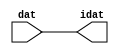

//------> /package/eda/mg/Catapult_10.3d/Mgc_home/pkgs/siflibs/ccs_in_v1.v 
//------------------------------------------------------------------------------
// Catapult Synthesis - Sample I/O Port Library
//
// Copyright (c) 2003-2017 Mentor Graphics Corp.
//       All Rights Reserved
//
// This document may be used and distributed without restriction provided that
// this copyright statement is not removed from the file and that any derivative
// work contains this copyright notice.
//
// The design information contained in this file is intended to be an example
// of the functionality which the end user may study in preparation for creating
// their own custom interfaces. This design does not necessarily present a 
// complete implementation of the named protocol or standard.
//
//------------------------------------------------------------------------------


module ccs_in_v1 (idat, dat);

  parameter integer rscid = 1;
  parameter integer width = 8;

  output [width-1:0] idat;
  input  [width-1:0] dat;

  wire   [width-1:0] idat;

  assign idat = dat;

endmodule


//------> /package/eda/mg/Catapult_10.3d/Mgc_home/pkgs/siflibs/ccs_out_v1.v 
//------------------------------------------------------------------------------
// Catapult Synthesis - Sample I/O Port Library
//
// Copyright (c) 2003-2015 Mentor Graphics Corp.
//       All Rights Reserved
//
// This document may be used and distributed without restriction provided that
// this copyright statement is not removed from the file and that any derivative
// work contains this copyright notice.
//
// The design information contained in this file is intended to be an example
// of the functionality which the end user may study in preparation for creating
// their own custom interfaces. This design does not necessarily present a 
// complete implementation of the named protocol or standard.
//
//------------------------------------------------------------------------------

module ccs_out_v1 (dat, idat);

  parameter integer rscid = 1;
  parameter integer width = 8;

  output   [width-1:0] dat;
  input    [width-1:0] idat;

  wire     [width-1:0] dat;

  assign dat = idat;

endmodule




//------> /package/eda/mg/Catapult_10.3d/Mgc_home/pkgs/siflibs/mgc_io_sync_v2.v 
//------------------------------------------------------------------------------
// Catapult Synthesis - Sample I/O Port Library
//
// Copyright (c) 2003-2017 Mentor Graphics Corp.
//       All Rights Reserved
//
// This document may be used and distributed without restriction provided that
// this copyright statement is not removed from the file and that any derivative
// work contains this copyright notice.
//
// The design information contained in this file is intended to be an example
// of the functionality which the end user may study in preparation for creating
// their own custom interfaces. This design does not necessarily present a 
// complete implementation of the named protocol or standard.
//
//------------------------------------------------------------------------------


module mgc_io_sync_v2 (ld, lz);
    parameter valid = 0;

    input  ld;
    output lz;

    wire   lz;

    assign lz = ld;

endmodule


//------> ./rtl.v 
// ----------------------------------------------------------------------
//  HLS HDL:        Verilog Netlister
//  HLS Version:    10.3d/815731 Production Release
//  HLS Date:       Wed Apr 24 14:54:19 PDT 2019
// 
//  Generated by:   695r48@cparch23.ecn.purdue.edu
//  Generated date: Tue Nov  9 15:58:31 2021
// ----------------------------------------------------------------------

// 
// ------------------------------------------------------------------
//  Design Unit:    fir_Altera_DIST_DIST_1R1W_RBW_rport_1_16_5_32_32_16_gen
// ------------------------------------------------------------------


module fir_Altera_DIST_DIST_1R1W_RBW_rport_1_16_5_32_32_16_gen (
  q, radr, radr_d, q_d, rport_r_ram_ir_internal_RMASK_B_d
);
  input [15:0] q;
  output [4:0] radr;
  input [4:0] radr_d;
  output [15:0] q_d;
  input rport_r_ram_ir_internal_RMASK_B_d;



  // Interconnect Declarations for Component Instantiations 
  assign q_d = q;
  assign radr = (radr_d);
endmodule

// ------------------------------------------------------------------
//  Design Unit:    fir_core_core_fsm
//  FSM Module
// ------------------------------------------------------------------


module fir_core_core_fsm (
  clk, rst, fsm_output
);
  input clk;
  input rst;
  output [32:0] fsm_output;
  reg [32:0] fsm_output;


  // FSM State Type Declaration for fir_core_core_fsm_1
  parameter
    core_rlp_C_0 = 6'd0,
    main_C_0 = 6'd1,
    main_C_1 = 6'd2,
    main_C_2 = 6'd3,
    main_C_3 = 6'd4,
    main_C_4 = 6'd5,
    main_C_5 = 6'd6,
    main_C_6 = 6'd7,
    main_C_7 = 6'd8,
    main_C_8 = 6'd9,
    main_C_9 = 6'd10,
    main_C_10 = 6'd11,
    main_C_11 = 6'd12,
    main_C_12 = 6'd13,
    main_C_13 = 6'd14,
    main_C_14 = 6'd15,
    main_C_15 = 6'd16,
    main_C_16 = 6'd17,
    main_C_17 = 6'd18,
    main_C_18 = 6'd19,
    main_C_19 = 6'd20,
    main_C_20 = 6'd21,
    main_C_21 = 6'd22,
    main_C_22 = 6'd23,
    main_C_23 = 6'd24,
    main_C_24 = 6'd25,
    main_C_25 = 6'd26,
    main_C_26 = 6'd27,
    main_C_27 = 6'd28,
    main_C_28 = 6'd29,
    main_C_29 = 6'd30,
    main_C_30 = 6'd31,
    main_C_31 = 6'd32;

  reg [5:0] state_var;
  reg [5:0] state_var_NS;


  // Interconnect Declarations for Component Instantiations 
  always @(*)
  begin : fir_core_core_fsm_1
    case (state_var)
      main_C_0 : begin
        fsm_output = 33'b000000000000000000000000000000010;
        state_var_NS = main_C_1;
      end
      main_C_1 : begin
        fsm_output = 33'b000000000000000000000000000000100;
        state_var_NS = main_C_2;
      end
      main_C_2 : begin
        fsm_output = 33'b000000000000000000000000000001000;
        state_var_NS = main_C_3;
      end
      main_C_3 : begin
        fsm_output = 33'b000000000000000000000000000010000;
        state_var_NS = main_C_4;
      end
      main_C_4 : begin
        fsm_output = 33'b000000000000000000000000000100000;
        state_var_NS = main_C_5;
      end
      main_C_5 : begin
        fsm_output = 33'b000000000000000000000000001000000;
        state_var_NS = main_C_6;
      end
      main_C_6 : begin
        fsm_output = 33'b000000000000000000000000010000000;
        state_var_NS = main_C_7;
      end
      main_C_7 : begin
        fsm_output = 33'b000000000000000000000000100000000;
        state_var_NS = main_C_8;
      end
      main_C_8 : begin
        fsm_output = 33'b000000000000000000000001000000000;
        state_var_NS = main_C_9;
      end
      main_C_9 : begin
        fsm_output = 33'b000000000000000000000010000000000;
        state_var_NS = main_C_10;
      end
      main_C_10 : begin
        fsm_output = 33'b000000000000000000000100000000000;
        state_var_NS = main_C_11;
      end
      main_C_11 : begin
        fsm_output = 33'b000000000000000000001000000000000;
        state_var_NS = main_C_12;
      end
      main_C_12 : begin
        fsm_output = 33'b000000000000000000010000000000000;
        state_var_NS = main_C_13;
      end
      main_C_13 : begin
        fsm_output = 33'b000000000000000000100000000000000;
        state_var_NS = main_C_14;
      end
      main_C_14 : begin
        fsm_output = 33'b000000000000000001000000000000000;
        state_var_NS = main_C_15;
      end
      main_C_15 : begin
        fsm_output = 33'b000000000000000010000000000000000;
        state_var_NS = main_C_16;
      end
      main_C_16 : begin
        fsm_output = 33'b000000000000000100000000000000000;
        state_var_NS = main_C_17;
      end
      main_C_17 : begin
        fsm_output = 33'b000000000000001000000000000000000;
        state_var_NS = main_C_18;
      end
      main_C_18 : begin
        fsm_output = 33'b000000000000010000000000000000000;
        state_var_NS = main_C_19;
      end
      main_C_19 : begin
        fsm_output = 33'b000000000000100000000000000000000;
        state_var_NS = main_C_20;
      end
      main_C_20 : begin
        fsm_output = 33'b000000000001000000000000000000000;
        state_var_NS = main_C_21;
      end
      main_C_21 : begin
        fsm_output = 33'b000000000010000000000000000000000;
        state_var_NS = main_C_22;
      end
      main_C_22 : begin
        fsm_output = 33'b000000000100000000000000000000000;
        state_var_NS = main_C_23;
      end
      main_C_23 : begin
        fsm_output = 33'b000000001000000000000000000000000;
        state_var_NS = main_C_24;
      end
      main_C_24 : begin
        fsm_output = 33'b000000010000000000000000000000000;
        state_var_NS = main_C_25;
      end
      main_C_25 : begin
        fsm_output = 33'b000000100000000000000000000000000;
        state_var_NS = main_C_26;
      end
      main_C_26 : begin
        fsm_output = 33'b000001000000000000000000000000000;
        state_var_NS = main_C_27;
      end
      main_C_27 : begin
        fsm_output = 33'b000010000000000000000000000000000;
        state_var_NS = main_C_28;
      end
      main_C_28 : begin
        fsm_output = 33'b000100000000000000000000000000000;
        state_var_NS = main_C_29;
      end
      main_C_29 : begin
        fsm_output = 33'b001000000000000000000000000000000;
        state_var_NS = main_C_30;
      end
      main_C_30 : begin
        fsm_output = 33'b010000000000000000000000000000000;
        state_var_NS = main_C_31;
      end
      main_C_31 : begin
        fsm_output = 33'b100000000000000000000000000000000;
        state_var_NS = main_C_0;
      end
      // core_rlp_C_0
      default : begin
        fsm_output = 33'b000000000000000000000000000000001;
        state_var_NS = main_C_0;
      end
    endcase
  end

  always @(posedge clk) begin
    if ( rst ) begin
      state_var <= core_rlp_C_0;
    end
    else begin
      state_var <= state_var_NS;
    end
  end

endmodule

// ------------------------------------------------------------------
//  Design Unit:    fir_core
// ------------------------------------------------------------------


module fir_core (
  clk, rst, coeffs_rsc_triosy_lz, in1_rsc_dat, in1_rsc_triosy_lz, out1_rsc_dat, out1_rsc_triosy_lz,
      coeffs_rsci_radr_d, coeffs_rsci_q_d, coeffs_rsci_rport_r_ram_ir_internal_RMASK_B_d
);
  input clk;
  input rst;
  output coeffs_rsc_triosy_lz;
  input [15:0] in1_rsc_dat;
  output in1_rsc_triosy_lz;
  output [15:0] out1_rsc_dat;
  output out1_rsc_triosy_lz;
  output [4:0] coeffs_rsci_radr_d;
  input [15:0] coeffs_rsci_q_d;
  output coeffs_rsci_rport_r_ram_ir_internal_RMASK_B_d;


  // Interconnect Declarations
  wire [15:0] in1_rsci_idat;
  reg [15:0] out1_rsci_idat;
  reg coeffs_rsc_triosy_obj_ld;
  reg in1_rsc_triosy_obj_ld;
  reg out1_rsc_triosy_obj_ld;
  wire [32:0] fsm_output;
  wire or_dcpl_53;
  wire or_dcpl_61;
  wire or_dcpl_64;
  reg main_stage_0_2;
  wire and_15_cse;
  reg [15:0] reg_MAC_asn_89_cse;
  reg [15:0] reg_MAC_asn_88_cse;
  reg [15:0] reg_MAC_asn_87_cse;
  reg [15:0] reg_MAC_asn_86_cse;
  reg [15:0] reg_MAC_asn_85_cse;
  reg [15:0] reg_MAC_asn_84_cse;
  reg [15:0] reg_MAC_asn_83_cse;
  reg [15:0] reg_MAC_asn_82_cse;
  reg [15:0] reg_MAC_asn_81_cse;
  reg [15:0] reg_MAC_asn_80_cse;
  reg [15:0] reg_MAC_asn_79_cse;
  reg [15:0] reg_MAC_asn_78_cse;
  reg [15:0] reg_MAC_asn_77_cse;
  reg [15:0] reg_MAC_asn_76_cse;
  reg [15:0] reg_MAC_asn_75_cse;
  reg [15:0] reg_MAC_asn_74_cse;
  reg [15:0] reg_MAC_asn_73_cse;
  reg [15:0] reg_MAC_asn_72_cse;
  reg [15:0] reg_MAC_asn_71_cse;
  reg [15:0] reg_MAC_asn_70_cse;
  reg [15:0] reg_MAC_asn_69_cse;
  reg [15:0] reg_MAC_asn_68_cse;
  reg [15:0] reg_MAC_asn_67_cse;
  reg [15:0] reg_MAC_asn_66_cse;
  reg [15:0] reg_MAC_asn_65_cse;
  reg [15:0] reg_MAC_asn_64_cse;
  reg [15:0] reg_MAC_asn_63_cse;
  reg [15:0] reg_MAC_asn_62_cse;
  wire or_tmp_152;
  wire [29:0] z_out;
  wire [30:0] nl_z_out;
  reg [15:0] regs_2_sva;
  reg [15:0] asn_ncse_sva;
  reg [29:0] MAC_10_mul_itm;
  reg [29:0] MAC_11_mul_itm;
  reg [29:0] MAC_acc_10_itm;
  reg [29:0] MAC_acc_22_itm;
  reg [15:0] MAC_asn_90_itm;
  reg [29:0] MAC_acc_itm;
  reg [15:0] asn_ncse_sva_1;
  reg [29:0] MAC_acc_28_itm_1;
  wire [29:0] MAC_acc_17_mx0w1;
  wire [30:0] nl_MAC_acc_17_mx0w1;
  wire [29:0] MAC_acc_29_itm_mx0w2;
  wire [30:0] nl_MAC_acc_29_itm_mx0w2;
  wire [29:0] MAC_2_mul_itm_1_mx0w16;
  wire signed [31:0] nl_MAC_2_mul_itm_1_mx0w16;

  wire[29:0] MAC_32_acc_1_nl;
  wire[30:0] nl_MAC_32_acc_1_nl;
  wire[29:0] MAC_32_mul_nl;
  wire signed [31:0] nl_MAC_32_mul_nl;
  wire[29:0] MAC_30_mul_nl;
  wire signed [31:0] nl_MAC_30_mul_nl;
  wire[29:0] MAC_28_mul_nl;
  wire signed [31:0] nl_MAC_28_mul_nl;
  wire[29:0] MAC_26_mul_nl;
  wire signed [31:0] nl_MAC_26_mul_nl;
  wire[29:0] MAC_24_mul_nl;
  wire signed [31:0] nl_MAC_24_mul_nl;
  wire[29:0] MAC_22_mul_nl;
  wire signed [31:0] nl_MAC_22_mul_nl;
  wire[29:0] MAC_20_mul_nl;
  wire signed [31:0] nl_MAC_20_mul_nl;
  wire[29:0] MAC_18_mul_nl;
  wire signed [31:0] nl_MAC_18_mul_nl;
  wire[29:0] MAC_16_mul_nl;
  wire signed [31:0] nl_MAC_16_mul_nl;
  wire[29:0] MAC_14_mul_nl;
  wire signed [31:0] nl_MAC_14_mul_nl;
  wire[29:0] MAC_12_mul_nl;
  wire signed [31:0] nl_MAC_12_mul_nl;
  wire[29:0] MAC_10_mul_nl;
  wire signed [31:0] nl_MAC_10_mul_nl;
  wire[29:0] MAC_8_mul_nl;
  wire signed [31:0] nl_MAC_8_mul_nl;
  wire[29:0] MAC_6_mul_nl;
  wire signed [31:0] nl_MAC_6_mul_nl;
  wire[29:0] MAC_4_mul_nl;
  wire signed [31:0] nl_MAC_4_mul_nl;
  wire[0:0] or_227_nl;
  wire[29:0] MAC_acc_30_nl;
  wire[30:0] nl_MAC_acc_30_nl;
  wire[29:0] MAC_acc_19_nl;
  wire[30:0] nl_MAC_acc_19_nl;
  wire[0:0] or_231_nl;
  wire[29:0] MAC_31_mul_nl;
  wire signed [31:0] nl_MAC_31_mul_nl;
  wire[29:0] MAC_29_mul_nl;
  wire signed [31:0] nl_MAC_29_mul_nl;
  wire[29:0] MAC_27_mul_nl;
  wire signed [31:0] nl_MAC_27_mul_nl;
  wire[29:0] MAC_25_mul_nl;
  wire signed [31:0] nl_MAC_25_mul_nl;
  wire[29:0] MAC_23_mul_nl;
  wire signed [31:0] nl_MAC_23_mul_nl;
  wire[29:0] MAC_21_mul_nl;
  wire signed [31:0] nl_MAC_21_mul_nl;
  wire[29:0] MAC_19_mul_nl;
  wire signed [31:0] nl_MAC_19_mul_nl;
  wire[29:0] MAC_17_mul_nl;
  wire signed [31:0] nl_MAC_17_mul_nl;
  wire[29:0] MAC_acc_27_nl;
  wire[30:0] nl_MAC_acc_27_nl;
  wire[29:0] MAC_acc_21_nl;
  wire[30:0] nl_MAC_acc_21_nl;
  wire[29:0] MAC_15_mul_nl;
  wire signed [31:0] nl_MAC_15_mul_nl;
  wire[29:0] MAC_13_mul_nl;
  wire signed [31:0] nl_MAC_13_mul_nl;
  wire[29:0] MAC_11_mul_nl;
  wire signed [31:0] nl_MAC_11_mul_nl;
  wire[29:0] MAC_9_mul_nl;
  wire signed [31:0] nl_MAC_9_mul_nl;
  wire[29:0] MAC_7_mul_nl;
  wire signed [31:0] nl_MAC_7_mul_nl;
  wire[29:0] MAC_5_mul_nl;
  wire signed [31:0] nl_MAC_5_mul_nl;
  wire[29:0] MAC_3_mul_nl;
  wire signed [31:0] nl_MAC_3_mul_nl;
  wire[4:0] and_nl;
  wire[4:0] mux1h_nl;
  wire[0:0] coeffs_nor_nl;
  wire[29:0] MAC_mux_2_nl;
  wire[29:0] MAC_mux1h_19_nl;

  // Interconnect Declarations for Component Instantiations 
  ccs_in_v1 #(.rscid(32'sd2),
  .width(32'sd16)) in1_rsci (
      .dat(in1_rsc_dat),
      .idat(in1_rsci_idat)
    );
  ccs_out_v1 #(.rscid(32'sd3),
  .width(32'sd16)) out1_rsci (
      .idat(out1_rsci_idat),
      .dat(out1_rsc_dat)
    );
  mgc_io_sync_v2 #(.valid(32'sd0)) coeffs_rsc_triosy_obj (
      .ld(coeffs_rsc_triosy_obj_ld),
      .lz(coeffs_rsc_triosy_lz)
    );
  mgc_io_sync_v2 #(.valid(32'sd0)) in1_rsc_triosy_obj (
      .ld(in1_rsc_triosy_obj_ld),
      .lz(in1_rsc_triosy_lz)
    );
  mgc_io_sync_v2 #(.valid(32'sd0)) out1_rsc_triosy_obj (
      .ld(out1_rsc_triosy_obj_ld),
      .lz(out1_rsc_triosy_lz)
    );
  fir_core_core_fsm fir_core_core_fsm_inst (
      .clk(clk),
      .rst(rst),
      .fsm_output(fsm_output)
    );
  assign and_15_cse = main_stage_0_2 & (fsm_output[3]);
  assign nl_MAC_acc_17_mx0w1 = MAC_11_mul_itm + MAC_10_mul_itm;
  assign MAC_acc_17_mx0w1 = nl_MAC_acc_17_mx0w1[29:0];
  assign nl_MAC_acc_29_itm_mx0w2 = z_out + MAC_acc_22_itm;
  assign MAC_acc_29_itm_mx0w2 = nl_MAC_acc_29_itm_mx0w2[29:0];
  assign nl_MAC_2_mul_itm_1_mx0w16 = $signed(asn_ncse_sva_1) * $signed((coeffs_rsci_q_d));
  assign MAC_2_mul_itm_1_mx0w16 = nl_MAC_2_mul_itm_1_mx0w16[29:0];
  assign or_dcpl_53 = (fsm_output[31]) | (fsm_output[27]);
  assign or_dcpl_61 = (fsm_output[13]) | (fsm_output[9]);
  assign or_dcpl_64 = (fsm_output[11]) | (fsm_output[15]);
  assign mux1h_nl = MUX1HOT_v_5_30_2(5'b11110, 5'b11101, 5'b11100, 5'b11011, 5'b11010,
      5'b11001, 5'b11000, 5'b10111, 5'b10110, 5'b10101, 5'b10100, 5'b10011, 5'b10010,
      5'b10001, 5'b10000, 5'b01111, 5'b01110, 5'b01101, 5'b01100, 5'b01011, 5'b01010,
      5'b01001, 5'b01000, 5'b00111, 5'b00110, 5'b00101, 5'b00100, 5'b00011, 5'b00010,
      5'b00001, {(fsm_output[2]) , (fsm_output[3]) , (fsm_output[4]) , (fsm_output[5])
      , (fsm_output[6]) , (fsm_output[7]) , (fsm_output[8]) , (fsm_output[9]) , (fsm_output[10])
      , (fsm_output[11]) , (fsm_output[12]) , (fsm_output[13]) , (fsm_output[14])
      , (fsm_output[15]) , (fsm_output[16]) , (fsm_output[17]) , (fsm_output[18])
      , (fsm_output[19]) , (fsm_output[20]) , (fsm_output[21]) , (fsm_output[22])
      , (fsm_output[23]) , (fsm_output[24]) , (fsm_output[25]) , (fsm_output[26])
      , (fsm_output[27]) , (fsm_output[28]) , (fsm_output[29]) , (fsm_output[30])
      , (fsm_output[31])});
  assign coeffs_nor_nl = ~((fsm_output[32]) | (fsm_output[0]));
  assign and_nl = MUX_v_5_2_2(5'b00000, (mux1h_nl), (coeffs_nor_nl));
  assign coeffs_rsci_radr_d = MUX_v_5_2_2((and_nl), 5'b11111, (fsm_output[1]));
  assign coeffs_rsci_rport_r_ram_ir_internal_RMASK_B_d = ~ (fsm_output[0]);
  assign or_tmp_152 = (fsm_output[30]) | (fsm_output[26]) | (fsm_output[22]) | (fsm_output[14])
      | (fsm_output[6]) | (fsm_output[2]);
  always @(posedge clk) begin
    if ( rst ) begin
      out1_rsc_triosy_obj_ld <= 1'b0;
      in1_rsc_triosy_obj_ld <= 1'b0;
      coeffs_rsc_triosy_obj_ld <= 1'b0;
      MAC_11_mul_itm <= 30'b000000000000000000000000000000;
    end
    else begin
      out1_rsc_triosy_obj_ld <= and_15_cse;
      in1_rsc_triosy_obj_ld <= fsm_output[1];
      coeffs_rsc_triosy_obj_ld <= fsm_output[32];
      MAC_11_mul_itm <= MUX1HOT_v_30_18_2(MAC_2_mul_itm_1_mx0w16, MAC_acc_29_itm_mx0w2,
          (MAC_31_mul_nl), (MAC_29_mul_nl), (MAC_27_mul_nl), (MAC_25_mul_nl), (MAC_23_mul_nl),
          (MAC_21_mul_nl), (MAC_19_mul_nl), (MAC_17_mul_nl), (MAC_acc_27_nl), (MAC_15_mul_nl),
          (MAC_13_mul_nl), (MAC_11_mul_nl), (MAC_9_mul_nl), (MAC_7_mul_nl), (MAC_5_mul_nl),
          (MAC_3_mul_nl), {(fsm_output[1]) , (fsm_output[2]) , (fsm_output[3]) ,
          (fsm_output[5]) , (fsm_output[7]) , (fsm_output[9]) , (fsm_output[11])
          , (fsm_output[13]) , (fsm_output[15]) , (fsm_output[17]) , (fsm_output[18])
          , (fsm_output[19]) , (fsm_output[21]) , (fsm_output[23]) , (fsm_output[25])
          , (fsm_output[27]) , (fsm_output[29]) , (fsm_output[31])});
    end
  end
  always @(posedge clk) begin
    if ( rst ) begin
      out1_rsci_idat <= 16'b0000000000000000;
    end
    else if ( and_15_cse ) begin
      out1_rsci_idat <= readslicef_30_16_14((MAC_32_acc_1_nl));
    end
  end
  always @(posedge clk) begin
    if ( rst ) begin
      asn_ncse_sva_1 <= 16'b0000000000000000;
    end
    else if ( ((~ main_stage_0_2) & (fsm_output[1])) | (fsm_output[32]) ) begin
      asn_ncse_sva_1 <= MUX_v_16_2_2(16'b0000000000000000, asn_ncse_sva, (fsm_output[32]));
    end
  end
  always @(posedge clk) begin
    if ( rst ) begin
      MAC_acc_28_itm_1 <= 30'b000000000000000000000000000000;
    end
    else if ( ~(or_dcpl_53 | (fsm_output[30]) | (fsm_output[28]) | (fsm_output[29])
        | (fsm_output[32]) | (fsm_output[17]) | (fsm_output[2]) | (fsm_output[1]))
        ) begin
      MAC_acc_28_itm_1 <= MUX_v_30_2_2(MAC_acc_17_mx0w1, MAC_acc_29_itm_mx0w2, fsm_output[26]);
    end
  end
  always @(posedge clk) begin
    if ( rst ) begin
      main_stage_0_2 <= 1'b0;
    end
    else if ( fsm_output[32] ) begin
      main_stage_0_2 <= fsm_output[32];
    end
  end
  always @(posedge clk) begin
    if ( rst ) begin
      regs_2_sva <= 16'b0000000000000000;
    end
    else if ( fsm_output[32] ) begin
      regs_2_sva <= asn_ncse_sva_1;
    end
  end
  always @(posedge clk) begin
    if ( rst ) begin
      reg_MAC_asn_62_cse <= 16'b0000000000000000;
    end
    else if ( fsm_output[32] ) begin
      reg_MAC_asn_62_cse <= regs_2_sva;
    end
  end
  always @(posedge clk) begin
    if ( rst ) begin
      reg_MAC_asn_63_cse <= 16'b0000000000000000;
    end
    else if ( fsm_output[32] ) begin
      reg_MAC_asn_63_cse <= reg_MAC_asn_62_cse;
    end
  end
  always @(posedge clk) begin
    if ( rst ) begin
      reg_MAC_asn_64_cse <= 16'b0000000000000000;
    end
    else if ( fsm_output[32] ) begin
      reg_MAC_asn_64_cse <= reg_MAC_asn_63_cse;
    end
  end
  always @(posedge clk) begin
    if ( rst ) begin
      reg_MAC_asn_65_cse <= 16'b0000000000000000;
    end
    else if ( fsm_output[32] ) begin
      reg_MAC_asn_65_cse <= reg_MAC_asn_64_cse;
    end
  end
  always @(posedge clk) begin
    if ( rst ) begin
      reg_MAC_asn_66_cse <= 16'b0000000000000000;
    end
    else if ( fsm_output[32] ) begin
      reg_MAC_asn_66_cse <= reg_MAC_asn_65_cse;
    end
  end
  always @(posedge clk) begin
    if ( rst ) begin
      reg_MAC_asn_67_cse <= 16'b0000000000000000;
    end
    else if ( fsm_output[32] ) begin
      reg_MAC_asn_67_cse <= reg_MAC_asn_66_cse;
    end
  end
  always @(posedge clk) begin
    if ( rst ) begin
      reg_MAC_asn_68_cse <= 16'b0000000000000000;
    end
    else if ( fsm_output[32] ) begin
      reg_MAC_asn_68_cse <= reg_MAC_asn_67_cse;
    end
  end
  always @(posedge clk) begin
    if ( rst ) begin
      reg_MAC_asn_69_cse <= 16'b0000000000000000;
    end
    else if ( fsm_output[32] ) begin
      reg_MAC_asn_69_cse <= reg_MAC_asn_68_cse;
    end
  end
  always @(posedge clk) begin
    if ( rst ) begin
      reg_MAC_asn_70_cse <= 16'b0000000000000000;
    end
    else if ( fsm_output[32] ) begin
      reg_MAC_asn_70_cse <= reg_MAC_asn_69_cse;
    end
  end
  always @(posedge clk) begin
    if ( rst ) begin
      reg_MAC_asn_71_cse <= 16'b0000000000000000;
    end
    else if ( fsm_output[32] ) begin
      reg_MAC_asn_71_cse <= reg_MAC_asn_70_cse;
    end
  end
  always @(posedge clk) begin
    if ( rst ) begin
      reg_MAC_asn_72_cse <= 16'b0000000000000000;
    end
    else if ( fsm_output[32] ) begin
      reg_MAC_asn_72_cse <= reg_MAC_asn_71_cse;
    end
  end
  always @(posedge clk) begin
    if ( rst ) begin
      reg_MAC_asn_73_cse <= 16'b0000000000000000;
    end
    else if ( fsm_output[32] ) begin
      reg_MAC_asn_73_cse <= reg_MAC_asn_72_cse;
    end
  end
  always @(posedge clk) begin
    if ( rst ) begin
      reg_MAC_asn_74_cse <= 16'b0000000000000000;
    end
    else if ( fsm_output[32] ) begin
      reg_MAC_asn_74_cse <= reg_MAC_asn_73_cse;
    end
  end
  always @(posedge clk) begin
    if ( rst ) begin
      reg_MAC_asn_75_cse <= 16'b0000000000000000;
    end
    else if ( fsm_output[32] ) begin
      reg_MAC_asn_75_cse <= reg_MAC_asn_74_cse;
    end
  end
  always @(posedge clk) begin
    if ( rst ) begin
      reg_MAC_asn_76_cse <= 16'b0000000000000000;
    end
    else if ( fsm_output[32] ) begin
      reg_MAC_asn_76_cse <= reg_MAC_asn_75_cse;
    end
  end
  always @(posedge clk) begin
    if ( rst ) begin
      reg_MAC_asn_77_cse <= 16'b0000000000000000;
    end
    else if ( fsm_output[32] ) begin
      reg_MAC_asn_77_cse <= reg_MAC_asn_76_cse;
    end
  end
  always @(posedge clk) begin
    if ( rst ) begin
      reg_MAC_asn_78_cse <= 16'b0000000000000000;
    end
    else if ( fsm_output[32] ) begin
      reg_MAC_asn_78_cse <= reg_MAC_asn_77_cse;
    end
  end
  always @(posedge clk) begin
    if ( rst ) begin
      reg_MAC_asn_79_cse <= 16'b0000000000000000;
    end
    else if ( fsm_output[32] ) begin
      reg_MAC_asn_79_cse <= reg_MAC_asn_78_cse;
    end
  end
  always @(posedge clk) begin
    if ( rst ) begin
      reg_MAC_asn_80_cse <= 16'b0000000000000000;
    end
    else if ( fsm_output[32] ) begin
      reg_MAC_asn_80_cse <= reg_MAC_asn_79_cse;
    end
  end
  always @(posedge clk) begin
    if ( rst ) begin
      reg_MAC_asn_81_cse <= 16'b0000000000000000;
    end
    else if ( fsm_output[32] ) begin
      reg_MAC_asn_81_cse <= reg_MAC_asn_80_cse;
    end
  end
  always @(posedge clk) begin
    if ( rst ) begin
      reg_MAC_asn_82_cse <= 16'b0000000000000000;
    end
    else if ( fsm_output[32] ) begin
      reg_MAC_asn_82_cse <= reg_MAC_asn_81_cse;
    end
  end
  always @(posedge clk) begin
    if ( rst ) begin
      reg_MAC_asn_83_cse <= 16'b0000000000000000;
    end
    else if ( fsm_output[32] ) begin
      reg_MAC_asn_83_cse <= reg_MAC_asn_82_cse;
    end
  end
  always @(posedge clk) begin
    if ( rst ) begin
      reg_MAC_asn_84_cse <= 16'b0000000000000000;
    end
    else if ( fsm_output[32] ) begin
      reg_MAC_asn_84_cse <= reg_MAC_asn_83_cse;
    end
  end
  always @(posedge clk) begin
    if ( rst ) begin
      reg_MAC_asn_85_cse <= 16'b0000000000000000;
    end
    else if ( fsm_output[32] ) begin
      reg_MAC_asn_85_cse <= reg_MAC_asn_84_cse;
    end
  end
  always @(posedge clk) begin
    if ( rst ) begin
      reg_MAC_asn_86_cse <= 16'b0000000000000000;
    end
    else if ( fsm_output[32] ) begin
      reg_MAC_asn_86_cse <= reg_MAC_asn_85_cse;
    end
  end
  always @(posedge clk) begin
    if ( rst ) begin
      reg_MAC_asn_87_cse <= 16'b0000000000000000;
    end
    else if ( fsm_output[32] ) begin
      reg_MAC_asn_87_cse <= reg_MAC_asn_86_cse;
    end
  end
  always @(posedge clk) begin
    if ( rst ) begin
      reg_MAC_asn_88_cse <= 16'b0000000000000000;
    end
    else if ( fsm_output[32] ) begin
      reg_MAC_asn_88_cse <= reg_MAC_asn_87_cse;
    end
  end
  always @(posedge clk) begin
    if ( rst ) begin
      reg_MAC_asn_89_cse <= 16'b0000000000000000;
    end
    else if ( fsm_output[32] ) begin
      reg_MAC_asn_89_cse <= reg_MAC_asn_88_cse;
    end
  end
  always @(posedge clk) begin
    if ( rst ) begin
      MAC_asn_90_itm <= 16'b0000000000000000;
    end
    else if ( fsm_output[32] ) begin
      MAC_asn_90_itm <= reg_MAC_asn_89_cse;
    end
  end
  always @(posedge clk) begin
    if ( rst ) begin
      MAC_10_mul_itm <= 30'b000000000000000000000000000000;
    end
    else if ( ~((fsm_output[19]) | (fsm_output[7]) | (fsm_output[3]) | (fsm_output[5])
        | or_dcpl_53 | or_dcpl_64 | or_dcpl_61 | (fsm_output[29]) | (fsm_output[25])
        | (fsm_output[23]) | (fsm_output[21]) | (fsm_output[17]) | (fsm_output[1]))
        ) begin
      MAC_10_mul_itm <= MUX1HOT_v_30_16_2((MAC_32_mul_nl), (MAC_30_mul_nl), (MAC_28_mul_nl),
          (MAC_26_mul_nl), (MAC_24_mul_nl), (MAC_22_mul_nl), (MAC_20_mul_nl), (MAC_18_mul_nl),
          (MAC_16_mul_nl), (MAC_14_mul_nl), (MAC_12_mul_nl), (MAC_10_mul_nl), (MAC_8_mul_nl),
          (MAC_6_mul_nl), (MAC_4_mul_nl), MAC_2_mul_itm_1_mx0w16, {(fsm_output[2])
          , (fsm_output[4]) , (fsm_output[6]) , (fsm_output[8]) , (fsm_output[10])
          , (fsm_output[12]) , (fsm_output[14]) , (fsm_output[16]) , (fsm_output[18])
          , (fsm_output[20]) , (fsm_output[22]) , (fsm_output[24]) , (fsm_output[26])
          , (fsm_output[28]) , (fsm_output[30]) , (fsm_output[32])});
    end
  end
  always @(posedge clk) begin
    if ( rst ) begin
      MAC_acc_10_itm <= 30'b000000000000000000000000000000;
    end
    else if ( ~((fsm_output[7]) | (fsm_output[5]) | (fsm_output[8]) | (fsm_output[16])
        | (fsm_output[15]) | (fsm_output[13]) | (fsm_output[9]) | (fsm_output[29])
        | (fsm_output[25]) | (fsm_output[21]) | (fsm_output[17]) | (fsm_output[1]))
        ) begin
      MAC_acc_10_itm <= MUX_v_30_2_2(MAC_acc_17_mx0w1, z_out, or_227_nl);
    end
  end
  always @(posedge clk) begin
    if ( rst ) begin
      MAC_acc_22_itm <= 30'b000000000000000000000000000000;
    end
    else if ( ~((fsm_output[16]) | (fsm_output[31]) | or_dcpl_64 | or_dcpl_61 | (fsm_output[18])
        | (fsm_output[32]) | (fsm_output[14]) | (fsm_output[12]) | (fsm_output[25])
        | (fsm_output[24]) | (fsm_output[23]) | (fsm_output[17]) | (fsm_output[1]))
        ) begin
      MAC_acc_22_itm <= MUX1HOT_v_30_3_2(MAC_acc_17_mx0w1, (MAC_acc_30_nl), z_out,
          {(fsm_output[8]) , (fsm_output[10]) , (or_231_nl)});
    end
  end
  always @(posedge clk) begin
    if ( rst ) begin
      MAC_acc_itm <= 30'b000000000000000000000000000000;
    end
    else if ( fsm_output[19] ) begin
      MAC_acc_itm <= z_out;
    end
  end
  always @(posedge clk) begin
    if ( rst ) begin
      asn_ncse_sva <= 16'b0000000000000000;
    end
    else if ( fsm_output[1] ) begin
      asn_ncse_sva <= in1_rsci_idat;
    end
  end
  assign nl_MAC_31_mul_nl = $signed(reg_MAC_asn_89_cse) * $signed((coeffs_rsci_q_d));
  assign MAC_31_mul_nl = nl_MAC_31_mul_nl[29:0];
  assign nl_MAC_29_mul_nl = $signed(reg_MAC_asn_87_cse) * $signed((coeffs_rsci_q_d));
  assign MAC_29_mul_nl = nl_MAC_29_mul_nl[29:0];
  assign nl_MAC_27_mul_nl = $signed(reg_MAC_asn_85_cse) * $signed((coeffs_rsci_q_d));
  assign MAC_27_mul_nl = nl_MAC_27_mul_nl[29:0];
  assign nl_MAC_25_mul_nl = $signed(reg_MAC_asn_83_cse) * $signed((coeffs_rsci_q_d));
  assign MAC_25_mul_nl = nl_MAC_25_mul_nl[29:0];
  assign nl_MAC_23_mul_nl = $signed(reg_MAC_asn_81_cse) * $signed((coeffs_rsci_q_d));
  assign MAC_23_mul_nl = nl_MAC_23_mul_nl[29:0];
  assign nl_MAC_21_mul_nl = $signed(reg_MAC_asn_79_cse) * $signed((coeffs_rsci_q_d));
  assign MAC_21_mul_nl = nl_MAC_21_mul_nl[29:0];
  assign nl_MAC_19_mul_nl = $signed(reg_MAC_asn_77_cse) * $signed((coeffs_rsci_q_d));
  assign MAC_19_mul_nl = nl_MAC_19_mul_nl[29:0];
  assign nl_MAC_17_mul_nl = $signed(reg_MAC_asn_75_cse) * $signed((coeffs_rsci_q_d));
  assign MAC_17_mul_nl = nl_MAC_17_mul_nl[29:0];
  assign nl_MAC_acc_21_nl = MAC_acc_17_mx0w1 + MAC_acc_28_itm_1;
  assign MAC_acc_21_nl = nl_MAC_acc_21_nl[29:0];
  assign nl_MAC_acc_27_nl = (MAC_acc_21_nl) + MAC_acc_10_itm;
  assign MAC_acc_27_nl = nl_MAC_acc_27_nl[29:0];
  assign nl_MAC_15_mul_nl = $signed(reg_MAC_asn_73_cse) * $signed((coeffs_rsci_q_d));
  assign MAC_15_mul_nl = nl_MAC_15_mul_nl[29:0];
  assign nl_MAC_13_mul_nl = $signed(reg_MAC_asn_71_cse) * $signed((coeffs_rsci_q_d));
  assign MAC_13_mul_nl = nl_MAC_13_mul_nl[29:0];
  assign nl_MAC_11_mul_nl = $signed(reg_MAC_asn_69_cse) * $signed((coeffs_rsci_q_d));
  assign MAC_11_mul_nl = nl_MAC_11_mul_nl[29:0];
  assign nl_MAC_9_mul_nl = $signed(reg_MAC_asn_67_cse) * $signed((coeffs_rsci_q_d));
  assign MAC_9_mul_nl = nl_MAC_9_mul_nl[29:0];
  assign nl_MAC_7_mul_nl = $signed(reg_MAC_asn_65_cse) * $signed((coeffs_rsci_q_d));
  assign MAC_7_mul_nl = nl_MAC_7_mul_nl[29:0];
  assign nl_MAC_5_mul_nl = $signed(reg_MAC_asn_63_cse) * $signed((coeffs_rsci_q_d));
  assign MAC_5_mul_nl = nl_MAC_5_mul_nl[29:0];
  assign nl_MAC_3_mul_nl = $signed(regs_2_sva) * $signed((coeffs_rsci_q_d));
  assign MAC_3_mul_nl = nl_MAC_3_mul_nl[29:0];
  assign nl_MAC_32_acc_1_nl = z_out + MAC_acc_itm;
  assign MAC_32_acc_1_nl = nl_MAC_32_acc_1_nl[29:0];
  assign nl_MAC_32_mul_nl = $signed(MAC_asn_90_itm) * $signed((coeffs_rsci_q_d));
  assign MAC_32_mul_nl = nl_MAC_32_mul_nl[29:0];
  assign nl_MAC_30_mul_nl = $signed(reg_MAC_asn_88_cse) * $signed((coeffs_rsci_q_d));
  assign MAC_30_mul_nl = nl_MAC_30_mul_nl[29:0];
  assign nl_MAC_28_mul_nl = $signed(reg_MAC_asn_86_cse) * $signed((coeffs_rsci_q_d));
  assign MAC_28_mul_nl = nl_MAC_28_mul_nl[29:0];
  assign nl_MAC_26_mul_nl = $signed(reg_MAC_asn_84_cse) * $signed((coeffs_rsci_q_d));
  assign MAC_26_mul_nl = nl_MAC_26_mul_nl[29:0];
  assign nl_MAC_24_mul_nl = $signed(reg_MAC_asn_82_cse) * $signed((coeffs_rsci_q_d));
  assign MAC_24_mul_nl = nl_MAC_24_mul_nl[29:0];
  assign nl_MAC_22_mul_nl = $signed(reg_MAC_asn_80_cse) * $signed((coeffs_rsci_q_d));
  assign MAC_22_mul_nl = nl_MAC_22_mul_nl[29:0];
  assign nl_MAC_20_mul_nl = $signed(reg_MAC_asn_78_cse) * $signed((coeffs_rsci_q_d));
  assign MAC_20_mul_nl = nl_MAC_20_mul_nl[29:0];
  assign nl_MAC_18_mul_nl = $signed(reg_MAC_asn_76_cse) * $signed((coeffs_rsci_q_d));
  assign MAC_18_mul_nl = nl_MAC_18_mul_nl[29:0];
  assign nl_MAC_16_mul_nl = $signed(reg_MAC_asn_74_cse) * $signed((coeffs_rsci_q_d));
  assign MAC_16_mul_nl = nl_MAC_16_mul_nl[29:0];
  assign nl_MAC_14_mul_nl = $signed(reg_MAC_asn_72_cse) * $signed((coeffs_rsci_q_d));
  assign MAC_14_mul_nl = nl_MAC_14_mul_nl[29:0];
  assign nl_MAC_12_mul_nl = $signed(reg_MAC_asn_70_cse) * $signed((coeffs_rsci_q_d));
  assign MAC_12_mul_nl = nl_MAC_12_mul_nl[29:0];
  assign nl_MAC_10_mul_nl = $signed(reg_MAC_asn_68_cse) * $signed((coeffs_rsci_q_d));
  assign MAC_10_mul_nl = nl_MAC_10_mul_nl[29:0];
  assign nl_MAC_8_mul_nl = $signed(reg_MAC_asn_66_cse) * $signed((coeffs_rsci_q_d));
  assign MAC_8_mul_nl = nl_MAC_8_mul_nl[29:0];
  assign nl_MAC_6_mul_nl = $signed(reg_MAC_asn_64_cse) * $signed((coeffs_rsci_q_d));
  assign MAC_6_mul_nl = nl_MAC_6_mul_nl[29:0];
  assign nl_MAC_4_mul_nl = $signed(reg_MAC_asn_62_cse) * $signed((coeffs_rsci_q_d));
  assign MAC_4_mul_nl = nl_MAC_4_mul_nl[29:0];
  assign or_227_nl = (fsm_output[14]) | (fsm_output[6]);
  assign nl_MAC_acc_19_nl = MAC_acc_17_mx0w1 + MAC_acc_22_itm;
  assign MAC_acc_19_nl = nl_MAC_acc_19_nl[29:0];
  assign nl_MAC_acc_30_nl = (MAC_acc_19_nl) + MAC_acc_10_itm;
  assign MAC_acc_30_nl = nl_MAC_acc_30_nl[29:0];
  assign or_231_nl = (fsm_output[30]) | (fsm_output[22]);
  assign MAC_mux_2_nl = MUX_v_30_2_2(MAC_11_mul_itm, MAC_acc_17_mx0w1, or_tmp_152);
  assign MAC_mux1h_19_nl = MUX1HOT_v_30_3_2(MAC_acc_28_itm_1, MAC_acc_22_itm, MAC_acc_10_itm,
      {(fsm_output[3]) , (fsm_output[19]) , or_tmp_152});
  assign nl_z_out = (MAC_mux_2_nl) + (MAC_mux1h_19_nl);
  assign z_out = nl_z_out[29:0];

  function automatic [29:0] MUX1HOT_v_30_16_2;
    input [29:0] input_15;
    input [29:0] input_14;
    input [29:0] input_13;
    input [29:0] input_12;
    input [29:0] input_11;
    input [29:0] input_10;
    input [29:0] input_9;
    input [29:0] input_8;
    input [29:0] input_7;
    input [29:0] input_6;
    input [29:0] input_5;
    input [29:0] input_4;
    input [29:0] input_3;
    input [29:0] input_2;
    input [29:0] input_1;
    input [29:0] input_0;
    input [15:0] sel;
    reg [29:0] result;
  begin
    result = input_0 & {30{sel[0]}};
    result = result | ( input_1 & {30{sel[1]}});
    result = result | ( input_2 & {30{sel[2]}});
    result = result | ( input_3 & {30{sel[3]}});
    result = result | ( input_4 & {30{sel[4]}});
    result = result | ( input_5 & {30{sel[5]}});
    result = result | ( input_6 & {30{sel[6]}});
    result = result | ( input_7 & {30{sel[7]}});
    result = result | ( input_8 & {30{sel[8]}});
    result = result | ( input_9 & {30{sel[9]}});
    result = result | ( input_10 & {30{sel[10]}});
    result = result | ( input_11 & {30{sel[11]}});
    result = result | ( input_12 & {30{sel[12]}});
    result = result | ( input_13 & {30{sel[13]}});
    result = result | ( input_14 & {30{sel[14]}});
    result = result | ( input_15 & {30{sel[15]}});
    MUX1HOT_v_30_16_2 = result;
  end
  endfunction


  function automatic [29:0] MUX1HOT_v_30_18_2;
    input [29:0] input_17;
    input [29:0] input_16;
    input [29:0] input_15;
    input [29:0] input_14;
    input [29:0] input_13;
    input [29:0] input_12;
    input [29:0] input_11;
    input [29:0] input_10;
    input [29:0] input_9;
    input [29:0] input_8;
    input [29:0] input_7;
    input [29:0] input_6;
    input [29:0] input_5;
    input [29:0] input_4;
    input [29:0] input_3;
    input [29:0] input_2;
    input [29:0] input_1;
    input [29:0] input_0;
    input [17:0] sel;
    reg [29:0] result;
  begin
    result = input_0 & {30{sel[0]}};
    result = result | ( input_1 & {30{sel[1]}});
    result = result | ( input_2 & {30{sel[2]}});
    result = result | ( input_3 & {30{sel[3]}});
    result = result | ( input_4 & {30{sel[4]}});
    result = result | ( input_5 & {30{sel[5]}});
    result = result | ( input_6 & {30{sel[6]}});
    result = result | ( input_7 & {30{sel[7]}});
    result = result | ( input_8 & {30{sel[8]}});
    result = result | ( input_9 & {30{sel[9]}});
    result = result | ( input_10 & {30{sel[10]}});
    result = result | ( input_11 & {30{sel[11]}});
    result = result | ( input_12 & {30{sel[12]}});
    result = result | ( input_13 & {30{sel[13]}});
    result = result | ( input_14 & {30{sel[14]}});
    result = result | ( input_15 & {30{sel[15]}});
    result = result | ( input_16 & {30{sel[16]}});
    result = result | ( input_17 & {30{sel[17]}});
    MUX1HOT_v_30_18_2 = result;
  end
  endfunction


  function automatic [29:0] MUX1HOT_v_30_3_2;
    input [29:0] input_2;
    input [29:0] input_1;
    input [29:0] input_0;
    input [2:0] sel;
    reg [29:0] result;
  begin
    result = input_0 & {30{sel[0]}};
    result = result | ( input_1 & {30{sel[1]}});
    result = result | ( input_2 & {30{sel[2]}});
    MUX1HOT_v_30_3_2 = result;
  end
  endfunction


  function automatic [4:0] MUX1HOT_v_5_30_2;
    input [4:0] input_29;
    input [4:0] input_28;
    input [4:0] input_27;
    input [4:0] input_26;
    input [4:0] input_25;
    input [4:0] input_24;
    input [4:0] input_23;
    input [4:0] input_22;
    input [4:0] input_21;
    input [4:0] input_20;
    input [4:0] input_19;
    input [4:0] input_18;
    input [4:0] input_17;
    input [4:0] input_16;
    input [4:0] input_15;
    input [4:0] input_14;
    input [4:0] input_13;
    input [4:0] input_12;
    input [4:0] input_11;
    input [4:0] input_10;
    input [4:0] input_9;
    input [4:0] input_8;
    input [4:0] input_7;
    input [4:0] input_6;
    input [4:0] input_5;
    input [4:0] input_4;
    input [4:0] input_3;
    input [4:0] input_2;
    input [4:0] input_1;
    input [4:0] input_0;
    input [29:0] sel;
    reg [4:0] result;
  begin
    result = input_0 & {5{sel[0]}};
    result = result | ( input_1 & {5{sel[1]}});
    result = result | ( input_2 & {5{sel[2]}});
    result = result | ( input_3 & {5{sel[3]}});
    result = result | ( input_4 & {5{sel[4]}});
    result = result | ( input_5 & {5{sel[5]}});
    result = result | ( input_6 & {5{sel[6]}});
    result = result | ( input_7 & {5{sel[7]}});
    result = result | ( input_8 & {5{sel[8]}});
    result = result | ( input_9 & {5{sel[9]}});
    result = result | ( input_10 & {5{sel[10]}});
    result = result | ( input_11 & {5{sel[11]}});
    result = result | ( input_12 & {5{sel[12]}});
    result = result | ( input_13 & {5{sel[13]}});
    result = result | ( input_14 & {5{sel[14]}});
    result = result | ( input_15 & {5{sel[15]}});
    result = result | ( input_16 & {5{sel[16]}});
    result = result | ( input_17 & {5{sel[17]}});
    result = result | ( input_18 & {5{sel[18]}});
    result = result | ( input_19 & {5{sel[19]}});
    result = result | ( input_20 & {5{sel[20]}});
    result = result | ( input_21 & {5{sel[21]}});
    result = result | ( input_22 & {5{sel[22]}});
    result = result | ( input_23 & {5{sel[23]}});
    result = result | ( input_24 & {5{sel[24]}});
    result = result | ( input_25 & {5{sel[25]}});
    result = result | ( input_26 & {5{sel[26]}});
    result = result | ( input_27 & {5{sel[27]}});
    result = result | ( input_28 & {5{sel[28]}});
    result = result | ( input_29 & {5{sel[29]}});
    MUX1HOT_v_5_30_2 = result;
  end
  endfunction


  function automatic [15:0] MUX_v_16_2_2;
    input [15:0] input_0;
    input [15:0] input_1;
    input [0:0] sel;
    reg [15:0] result;
  begin
    case (sel)
      1'b0 : begin
        result = input_0;
      end
      default : begin
        result = input_1;
      end
    endcase
    MUX_v_16_2_2 = result;
  end
  endfunction


  function automatic [29:0] MUX_v_30_2_2;
    input [29:0] input_0;
    input [29:0] input_1;
    input [0:0] sel;
    reg [29:0] result;
  begin
    case (sel)
      1'b0 : begin
        result = input_0;
      end
      default : begin
        result = input_1;
      end
    endcase
    MUX_v_30_2_2 = result;
  end
  endfunction


  function automatic [4:0] MUX_v_5_2_2;
    input [4:0] input_0;
    input [4:0] input_1;
    input [0:0] sel;
    reg [4:0] result;
  begin
    case (sel)
      1'b0 : begin
        result = input_0;
      end
      default : begin
        result = input_1;
      end
    endcase
    MUX_v_5_2_2 = result;
  end
  endfunction


  function automatic [15:0] readslicef_30_16_14;
    input [29:0] vector;
    reg [29:0] tmp;
  begin
    tmp = vector >> 14;
    readslicef_30_16_14 = tmp[15:0];
  end
  endfunction

endmodule

// ------------------------------------------------------------------
//  Design Unit:    fir
// ------------------------------------------------------------------


module fir (
  clk, rst, coeffs_rsc_radr, coeffs_rsc_q, coeffs_rsc_triosy_lz, in1_rsc_dat, in1_rsc_triosy_lz,
      out1_rsc_dat, out1_rsc_triosy_lz
);
  input clk;
  input rst;
  output [4:0] coeffs_rsc_radr;
  input [15:0] coeffs_rsc_q;
  output coeffs_rsc_triosy_lz;
  input [15:0] in1_rsc_dat;
  output in1_rsc_triosy_lz;
  output [15:0] out1_rsc_dat;
  output out1_rsc_triosy_lz;


  // Interconnect Declarations
  wire [4:0] coeffs_rsci_radr_d;
  wire [15:0] coeffs_rsci_q_d;
  wire coeffs_rsci_rport_r_ram_ir_internal_RMASK_B_d;


  // Interconnect Declarations for Component Instantiations 
  fir_Altera_DIST_DIST_1R1W_RBW_rport_1_16_5_32_32_16_gen coeffs_rsci (
      .q(coeffs_rsc_q),
      .radr(coeffs_rsc_radr),
      .radr_d(coeffs_rsci_radr_d),
      .q_d(coeffs_rsci_q_d),
      .rport_r_ram_ir_internal_RMASK_B_d(coeffs_rsci_rport_r_ram_ir_internal_RMASK_B_d)
    );
  fir_core fir_core_inst (
      .clk(clk),
      .rst(rst),
      .coeffs_rsc_triosy_lz(coeffs_rsc_triosy_lz),
      .in1_rsc_dat(in1_rsc_dat),
      .in1_rsc_triosy_lz(in1_rsc_triosy_lz),
      .out1_rsc_dat(out1_rsc_dat),
      .out1_rsc_triosy_lz(out1_rsc_triosy_lz),
      .coeffs_rsci_radr_d(coeffs_rsci_radr_d),
      .coeffs_rsci_q_d(coeffs_rsci_q_d),
      .coeffs_rsci_rport_r_ram_ir_internal_RMASK_B_d(coeffs_rsci_rport_r_ram_ir_internal_RMASK_B_d)
    );
endmodule